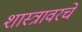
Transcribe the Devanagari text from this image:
शास्त्रावरचे